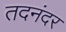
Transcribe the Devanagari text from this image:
तदनंदर